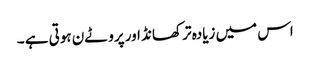
اس میں زیادہ تر کھانڈ اور پروٹےن ہوتی ہے ۔